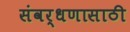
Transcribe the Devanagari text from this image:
संवर्धणासाठी